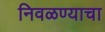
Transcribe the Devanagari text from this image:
निवळण्याचा